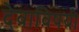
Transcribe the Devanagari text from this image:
देवाविषयी